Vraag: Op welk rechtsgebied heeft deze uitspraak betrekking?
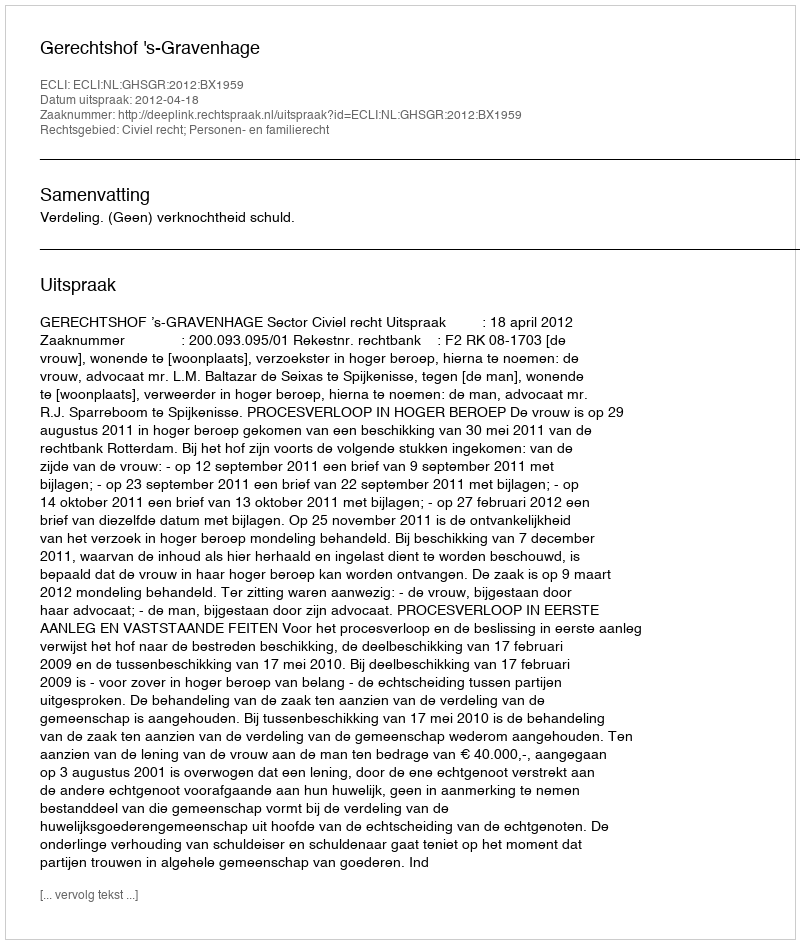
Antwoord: Civiel recht; Personen- en familierecht